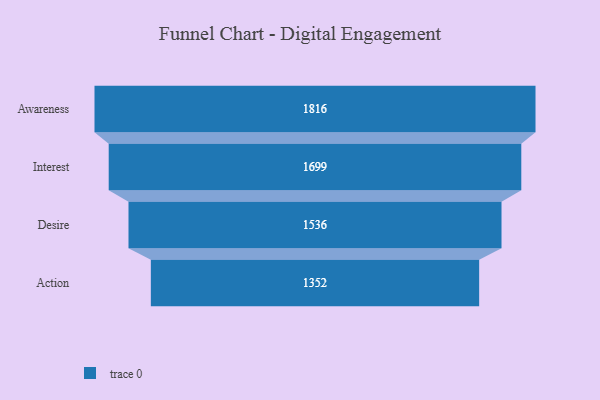
{"axis": {"x": "Stage", "y": "Value"}, "legend": [""], "data": [{"x": "Awareness", "y": 1816.0, "type": ""}, {"x": "Interest", "y": 1699.0, "type": ""}, {"x": "Desire", "y": 1536.0, "type": ""}, {"x": "Action", "y": 1352.0, "type": ""}]}